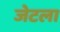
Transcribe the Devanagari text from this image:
जेटला